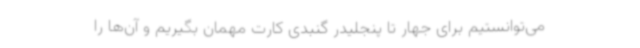
می‌توانستیم برای جهار تا پنجلیدر گنبدی کارت مهمان بگیریم و آن‌ها را